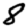
Digit: 8